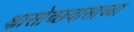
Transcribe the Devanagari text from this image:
श्वासोच्छवासाच्या